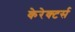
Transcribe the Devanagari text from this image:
केरेक्टर्स